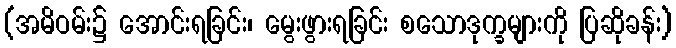
(အမိဝမ်း၌ အောင်းရခြင်း၊ မွေးဖွားရခြင်း စသောဒုက္ခများကို ပြဆိုခန်း)